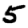
Digit: 5